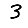
Digit: 3